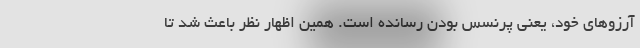
آرزوهای خود، یعنی پرنسس بودن رسانده است. همین اظهار نظر باعث شد تا